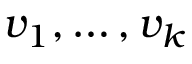
v _ { 1 } , \ldots , v _ { k }